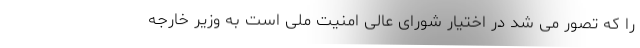
را که تصور می شد در اختیار شورای عالی امنیت ملی است به وزیر خارجه